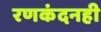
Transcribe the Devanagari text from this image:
रणकंदनही